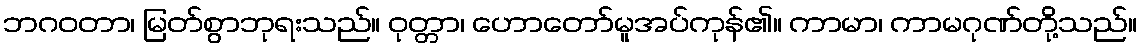
ဘဂဝတာ၊ မြတ်စွာဘုရးသည်။ ဝုတ္တာ၊ ဟောတော်မူအပ်ကုန်၏။ ကာမာ၊ ကာမဂုဏ်တို့သည်။